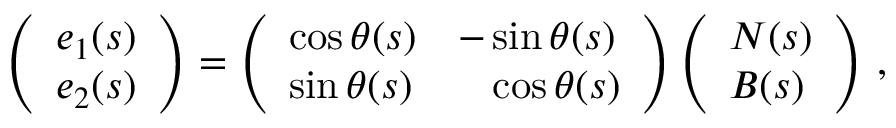
\begin{array} { r } { \left( \begin{array} { l } { e _ { 1 } ( s ) } \\ { e _ { 2 } ( s ) } \end{array} \right) = \left( \begin{array} { l l } { \cos \theta ( s ) } & { - \sin \theta ( s ) } \\ { \sin \theta ( s ) } & { \phantom { + } \cos \theta ( s ) } \end{array} \right) \left( \begin{array} { l } { N ( s ) } \\ { B ( s ) } \end{array} \right) \, , } \end{array}